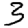
Digit: 3